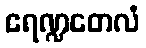
ဧရဏ္ဍတေလံ